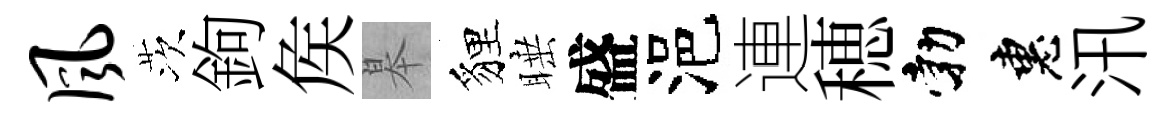
风茨鉤矦皋貍睡盛浥連穂勃惠汛